Report of the Indian Hemp Drugs Commission, 1894-1895 - Volume VII
Year: 1894
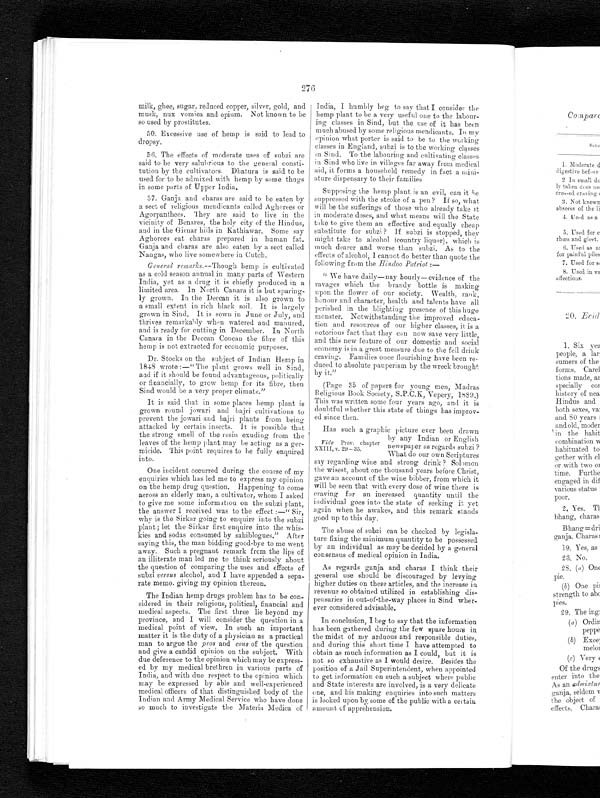
276
milk, ghee, sugar, reduced copper, silver, gold, and
musk, nux vomica and opium. Not known to be
so used by prostitutes.
50. Excessive use of hemp is said to lead to
dropsy.
56. The effects of moderate uses of subzi are
said to be very salubrious to the general consti-
tution by the cultivators. Dhatura is said to be
used for to be admixed with hemp by some thugs
in some parts of Upper India.
57. Ganja and charas are said to be eaten by
a sect of religious mendicants called Aghorees or
Agorpanthees. They are said to live in the
vicinity of Benares, the holy city of the Hindus,
and in the Girnar hills in Kathiawar. Some say
Aghorees eat charas prepared in human fat.
Ganja and charas are also eaten by a sect called
Nangas, who live somewhere in Cutch.
General remarks. --Though hemp is cultivated
as a cold season annual in many parts of Western
India, yet as a drug it is chiefly produced in a
limited area. In North Canara it is but sparing
-ly grown. In the Deccan it is also grown to
a small extent in rich black soil. It is largely
grown in Sind. It is sown in June or July, and
thrives remarkably when watered and manured,
and is ready for cutting in December. In North
Canara in the Deccan Concan the fibre of this
hemp is not extracted for economic purposes.
Dr. Stocks on the subject of Indian Hemp in
1848 wrote:—" The plant grows well in Sind,
and if it should be found advantageous, politically
or financially, to grow hemp for its fibre, then
Sind would be a very proper climate."
It is said that in some places hemp plant is
g r o w n r o u n d j o w a r i a n d b a j r i c u l t i v a t i o n s t o
prevent the jowari and bajri plants from being
attacked by certain insects. It is possible that
the strong smell of the resin exuding from the
leaves of the hemp plant may be acting as a ger-
micide. This point requires to be fully enquired
into.
One incident occurred during the course of my
enquiries which has led me to express my opinion
on the hemp drug question. Happening to come
across an elderly man, a cultivator, whom I asked
to give me some information on the subzi plant,
the answer I received was to the effect:—" Sir,
why is the Sirkar going to enquire into the subzi
plant; let the Sirkar first enquire into the whis-
kies and sodas consumed by sahiblogues." After
saying this, the man bidding good-bye to me went
away. Such a pregnant remark from the lips of
an illiterate man led me to think seriously about
the question of comparing the uses and effects of
subzi versus alcohol, and I have appended a sepa-
rate memo giving my opinion thereon.
The Indian hemp drugs problem has to be con-
sidered in their religious, political, financial and
medical aspects. The first three lie beyond my
province, and I will consider the question in a
medical point of view. In such an important
matter it is the duty of a physician as a practical
man to argue the pros and cons of the question
and give a candid opinion on the subject. With
due deference to the opinion which may be express-
ed by my medical brethren in various parts of
India, and with due respect to the opinion which
may be expressed by able and well-experienced
medical officers of that distinguished body of the
Indian and Army Medical Service who have done
s o m u c h t o i n v e s t i g a t e t h e M a t e r i a M e d i c a o f
India, I humbly beg to say that I consider the
hemp plant to be a very useful one to the labour-
ing classes in Sind, but the use of it has been
much abused by some religious mendicants. In my
opinion what porter is said to be to the working
classes in England, subzi is to the working classes
in Sind. To the labouring and cultivating classes
in Sind who live in villages far away from medical
aid, it forms a household remedy in fact a mini-
ature dispensary to their families
Supposing the hemp plant is an evil, can it be
suppressed with the stroke of a pen? If so, what
will be the sufferings of those who already take it
in moderate doses, and what means will the State
take to give them an effective and equally cheap
substitute for subzi? If subzi is stopped, they
might take to alcohol (country liquor), which is
much dearer and worse than subzi. As to the
effects of alcohol, I cannot do better than quote the
following from the Hindoo Patriot
: —
" We have daily—nay hourly—evidence of the
ravages which the brandy bottle is making
upon the flower of our society. Wealth, rank,
honour and character, health and talents have all
perished in the blighting presence of this huge
monster. Notwithstanding the improved educa-
tion and resources of our higher classes, it is a
notorious fact that they can now save very little,
and this new feature of our domestic and social
economy is in a great measure due to the fell drink
craving. Families once flourishing have been re-
duced to absolute pauperism by the wreck brought
by it."
(Page 35 of papers for young men, Madras
Religious Book Society, S.P.C.K, Vepery, 1889.)
This was written some four years ago, and it is
doubtful whether this state of things has improv
-ed since then.
Has such a graphic picture ever been drawn
by any Indian or English
newspaper as regards subzi ?
What do our own Scriptures
say regarding wine and strong drink ? Solomon
the wisest, about one thousand years before Christ,
gave an account of the wine bibber, from which it
will be seen that with every dose of wine there is
craving for an increased quantity until the
individual goes into the state of seeking it yet
again when be awakes, and this remark stands
good up to this day.
The abuse of subzi can be checked by legisla-
ture fixing the minimum quantity to be possessed
by an individual as may be decided by a general
consensus of medical opinion in India.
As regards ganja and charas I think their
general use should be discouraged by levying
higher duties on these articles, and the increase in
revenue so obtained utilized in establishing dis-
pensaries in out-of-the-way places in Sind wher-
ever considered advisable.
In conclusion, I beg to say that the information
has been gathered during the few spare hours in
the midst of my arduous and responsible duties,
and during this short time I have attempted to
obtain as much information as I could, but it is
not so exhaustive as I would desire. Besides the
position of a Jail Superintendent, when appointed
to get information on such a subject where public
and State interests are involved, is a very delicate
one, and his making enquiries into such matters
is looked upon by some of the public with a certain
amount of apprehension.
Vide Prov. chapter
XXIII, v. 29 —35.